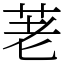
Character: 荖